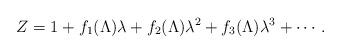
LaTeX: \begin{align*}Z = 1 + f_1(\Lambda) \lambda + f_2(\Lambda) \lambda^2 +f_3(\Lambda) \lambda^3 + \cdots . \end{align*}